Leaving Certificate Examination (including Day School Certificate (Higher) General paper), 1928
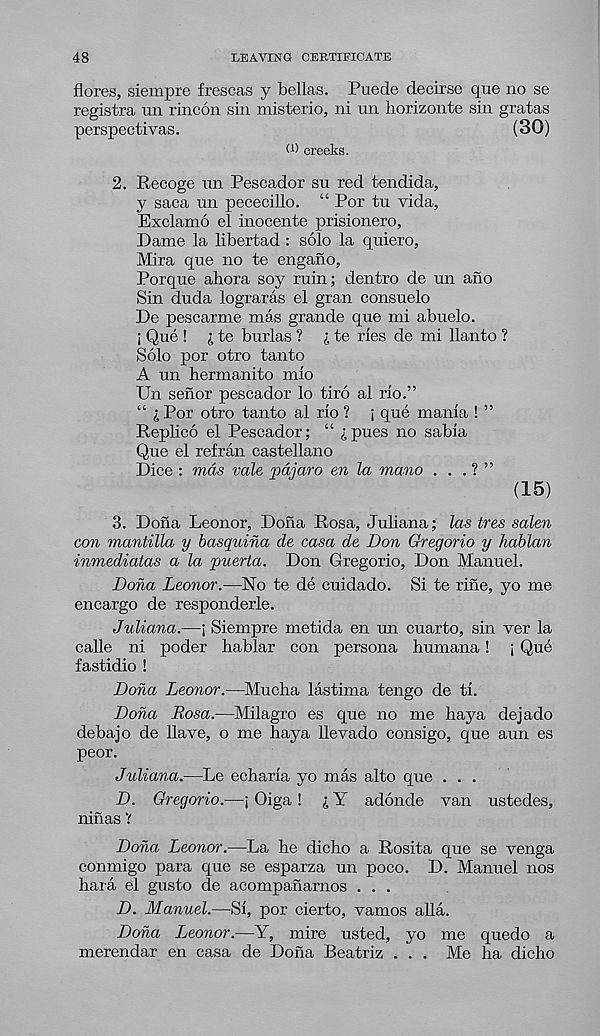
48
LEAVING CERTIFICATE
flores, siempre frescas y bellas. Puede decirse que no se
registra un rincon sin misterio, ni un liorizonte sin gratas
perspectivas.
(30)
W creeks.
2. Rccoge un Pescador su red tendida,
y saca un pececillo. “ Por tu vida,
Exclamo el inocente prisionero,
Dame la libertad : solo la quiero,
Mira que no te engano,
Porque ahora soy rain; dentro de un ano
Sin duda lograras el gran consuelo
De pescarme mas grande que mi abuelo.
i Que ! i te burlas ? £ te rles de mi llanto ?
Solo por otro tanto
A un hermanito mlo
Un senor pescador lo tiro al rio.”
“ £ Por otro tanto al rlo ? i que mania ! ”
Replied el Pescador; “ £pues no sabla
Que el refran Castellano
Dice : mas vale pdjaro en la mano . . . ? ”
(15)
3. Dona Leonor, Dona Rosa, Juliana; las tres salen
con mantilla y basquina de casa de Don Gregorio y hablan
inmediatas a la puerta. Don Gregorio, Don Manuel.
Dona Leonor.—No te de cuidado. Si te rine, yo me
encargo de responderle.
Juliana.—j Siempre metida en un cuarto, sin ver la
calle ni poder bablar con persona humana! ; Que
fastidio !
Dona Leonor.—Mucha lastima tengo de tl.
Dona Rosa.—Milagro es que no me haya dejado
debajo de Have, o me haya llevado consigo, que aun es
peor.
Juliana.—Le echarla yo mas alto que . . .
D. Gregorio.—j Oiga ! £ Y adonde van ustedes,
ninas V
Dona Leonor.—La he dicho a Rosita que se venga
conmigo para que se esparza un poco. D. Manuel nos
hara el gusto de acompanarnos ...
D. Manuel.—SI, por cierto, vamos alia.
Dona Ijeonor.—Y, mire usted, yo me quedo a
merendar en casa de Dona Beatriz . . . Me ha dicho